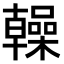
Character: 𫧭